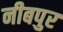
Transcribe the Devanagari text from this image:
नीबपुर